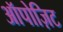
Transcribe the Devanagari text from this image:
ऑपोज़िट